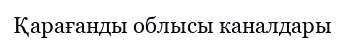
Қарағанды облысы каналдары